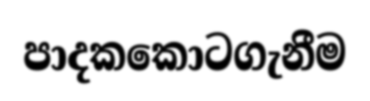
පාදකකොටගැනීම